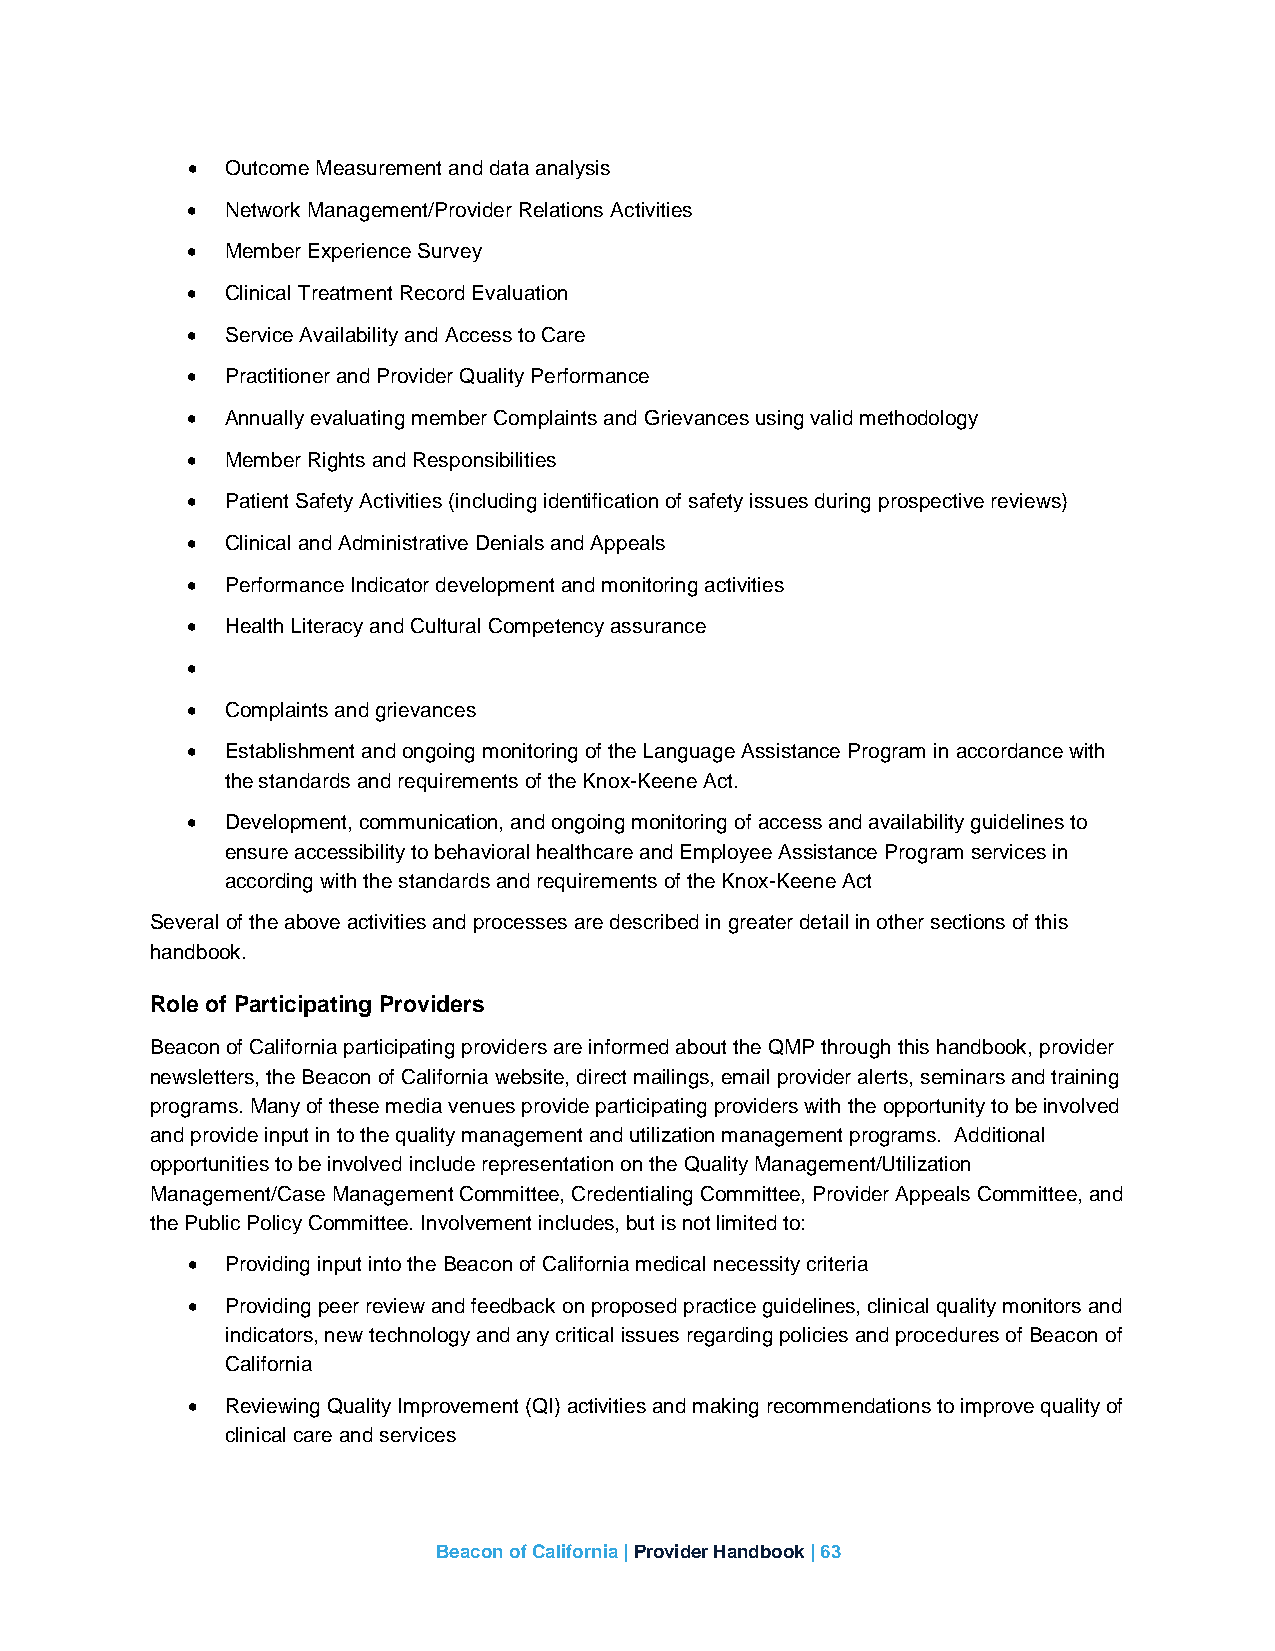
•  Outcome Measurement and data analysis
 •  Network Management/Provider Relations Activities
 •  Member Experience Survey
 •  Clinical Treatment Record Evaluation
 •  Service Availability and Access to Care
 •  Practitioner and Provider Quality Performance
 •  Annually evaluating member Complaints and Grievances using valid methodology
 •  Member Rights and Responsibilities
 •  Patient Safety Activities (including identification of safety issues during prospective reviews)
 •  Clinical and Administrative Denials and Appeals
 •  Performance Indicator development and monitoring activities
 •  Health Literacy and Cultural Competency assurance
 •
 •  Complaints and grievances
 •  Establishment and ongoing monitoring of the Language Assistance Program in accordance with
 the standards and requirements of the Knox-Keene Act.
 •  Development, communication, and ongoing monitoring of access and availability guidelines to
 ensure accessibility to behavioral healthcare and Employee Assistance Program services in
 according with the standards and requirements of the Knox-Keene Act
 Several of the above activities and processes are described in greater detail in other sections of this
 handbook.
 Role of Participating Providers
 Beacon of California participating providers are informed about the QMP through this handbook, provider
 newsletters, the Beacon of California website, direct mailings, email provider alerts, seminars and training
 programs. Many of these media venues provide participating providers with the opportunity to be involved
 and provide input in to the quality management and utilization management programs. Additional
 opportunities to be involved include representation on the Quality Management/Utilization
 Management/Case Management Committee, Credentialing Committee, Provider Appeals Committee, and
 the Public Policy Committee. Involvement includes, but is not limited to:
 •  Providing input into the Beacon of California medical necessity criteria
 •  Providing peer review and feedback on proposed practice guidelines, clinical quality monitors and
 indicators, new technology and any critical issues regarding policies and procedures of Beacon of
 California
 •  Reviewing Quality Improvement (QI) activities and making recommendations to improve quality of
 clinical care and services
 Beacon of California | Provider Handbook | 63